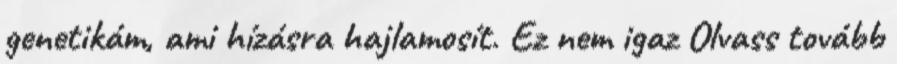
genetikám, ami hízásra hajlamosít. Ez nem igaz Olvass tovább